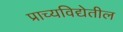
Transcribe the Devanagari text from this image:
प्राच्यविद्येतील